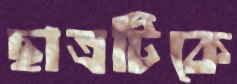
ছাত্রটিকে